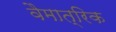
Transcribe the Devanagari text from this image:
वैमात्रिक